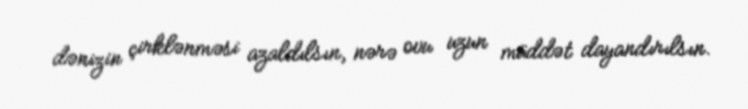
dənizin çirklənməsi azaldılsın, nərə ovu uzun müddət dayandırılsın.